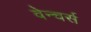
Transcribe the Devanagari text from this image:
वेन्चर्स